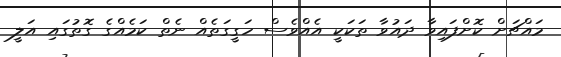
މައްޗަށް ކޮށްފައިވާ ދައުވާ ތަކަކީ އެއްވެސް ހަގީގަތެއް ނެތް ކަމެއްގެ ގޮތުގައި އަލީ